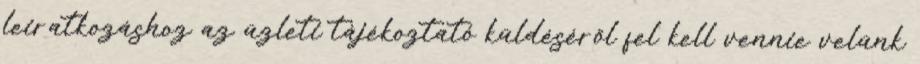
leiratkozáshoz az üzleti tájékoztató küldéséről fel kell vennie velünk